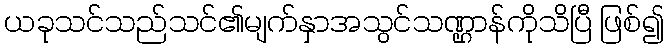
ယခုသင်သည်သင်၏မျက်နှာအသွင်သဏ္ဌာန်ကိုသိပြီ ဖြစ်၍